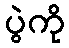
ပွဲကို